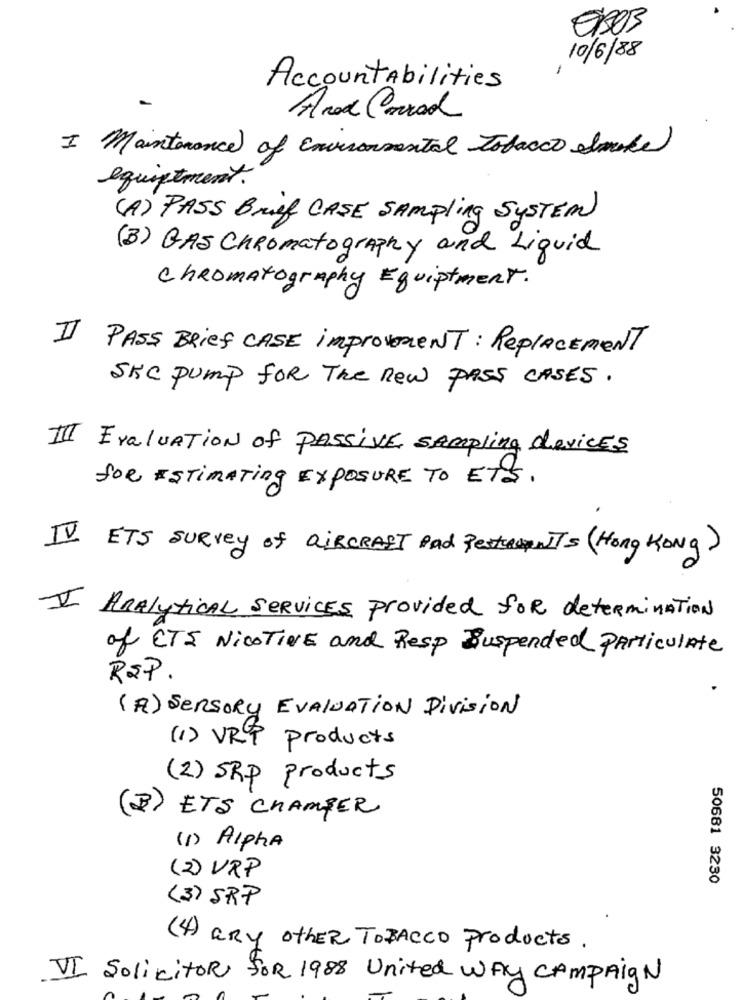
9303
10/6/88
-
AccountAbilities
Ared Carrad
I Maintenance of Environmental Tobacco elmike
equipement.
(A) PASS Brief CASE SAMPling SYSTEM
(3) GAS Chromatography and Liquid
Chromatography Equiptment.
II PASS Brief CASE improvement: Replacement
SKC Pump FOR The new PASS CASES.
III Evaluation of PASSIVE sampling devices
for ESTIMATing EXPOSURE TO ETS.
IV ETS SURVEY of AIRCRAFT Pad ResterANTS (Hong KONG)
I ARAlyticAL SERVICES provided for determination
of ETE NicoTINE and Resp Suspended Particulate
RIP.
(A) Sensory EVALUATION Division
(1) VRP products
(2) SRP products
(B) ETS CHAMPER
(1) Alpha
(2) VRP
50681 3230
(3) SRP
(4) any other TOBACCO products.
VI SolicitoR for 1988 United Way campaign